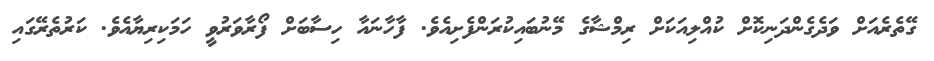
ގޭތެރެއަށް ވަދެގެންދަނިކޮށް ކުއްލިއަކަށް ރިމްޝާގެ މޭނުބައިކުރަންފެށިއެވެ. ފާހާނައާ ހިސާބަށް ފޯރާވަރުވީ ހަމަަކިރިޔާއެވެ. ކަރުތެރޭގައި